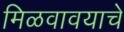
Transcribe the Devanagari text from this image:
मिळवावयाचे